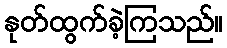
နုတ်ထွက်ခဲ့ကြသည်။